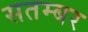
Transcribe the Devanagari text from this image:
सतम्बर